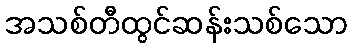
အသစ်တီထွင်ဆန်းသစ်သော